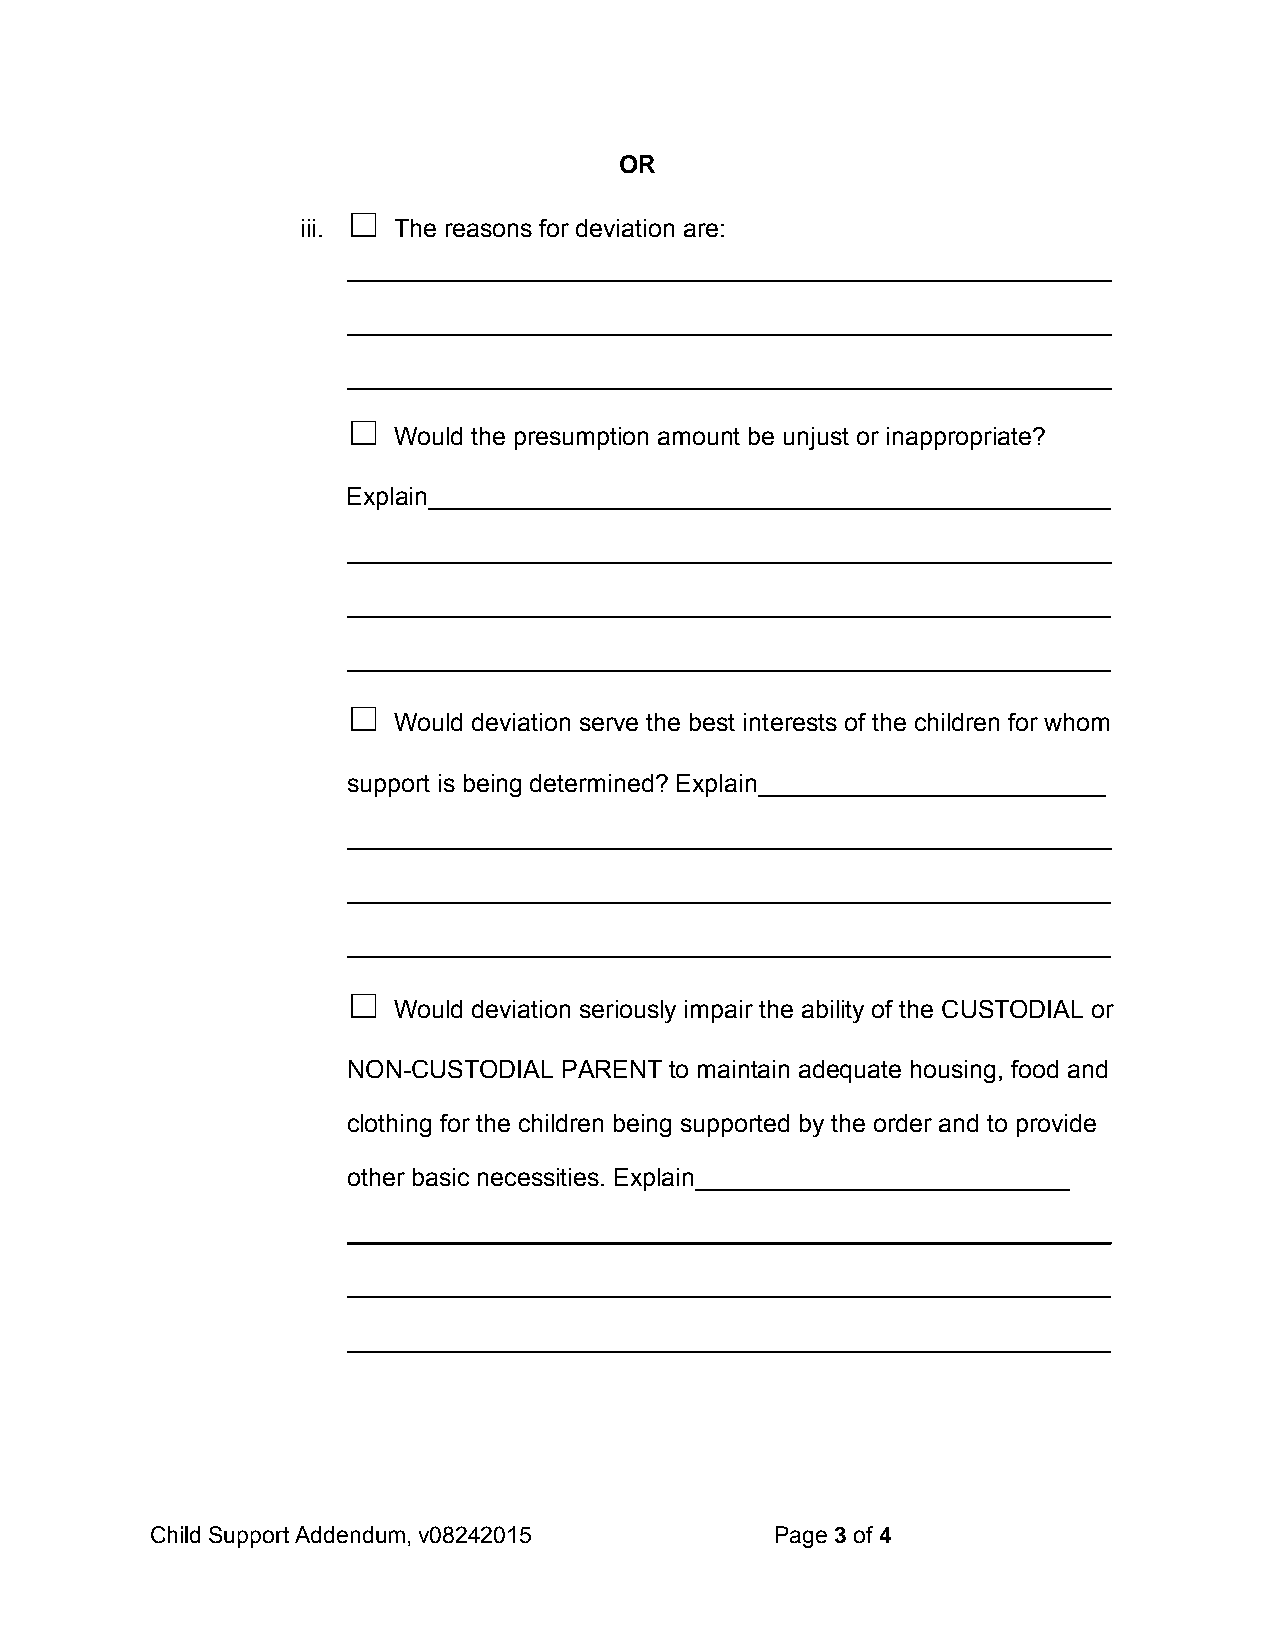
OR
 ☐
 iii.  The reasons for deviation are:
 _______________________________________________________
 _______________________________________________________
 _______________________________________________________
 ☐
 Would the presumption amount be unjust or inappropriate?
 Explain_________________________________________________
 _______________________________________________________
 _______________________________________________________
 _______________________________________________________
 ☐
 Would deviation serve the best interests of the children for whom
 support is being determined? Explain_________________________
 _______________________________________________________
 _______________________________________________________
 _______________________________________________________
 ☐
 Would deviation seriously impair the ability of the CUSTODIAL or
 NON-CUSTODIAL PARENT to maintain adequate housing, food and
 clothing for the children being supported by the order and to provide
 other basic necessities. Explain___________________________
 _______________________________________________________
 _______________________________________________________
 _______________________________________________________
 Child Support Addendum, v08242015        Page 3 of 4